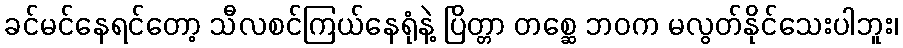
ခင်မင်နေရင်တော့ သီလစင်ကြယ်နေရုံနဲ့ ပြိတ္တာ တစ္ဆေ ဘဝက မလွတ်နိုင်သေးပါဘူး၊